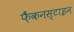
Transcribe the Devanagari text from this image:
फ़ैंकनस्टाइन